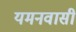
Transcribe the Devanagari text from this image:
यमनवासी